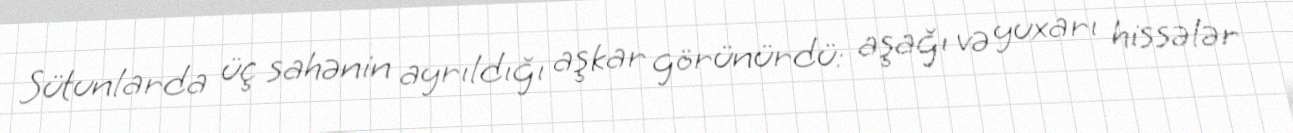
Sütunlarda üç sahənin ayrıldığı aşkar görünürdü: aşağı və yuxarı hissələr